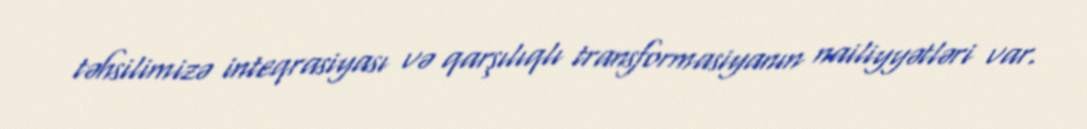
təhsilimizə inteqrasiyası və qarşılıqlı transformasiyanın nailiyyətləri var.